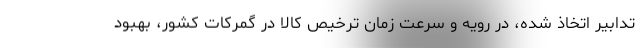
تدابیر اتخاذ شده، در رویه و سرعت زمان ترخیص کالا در گمرکات کشور، بهبود